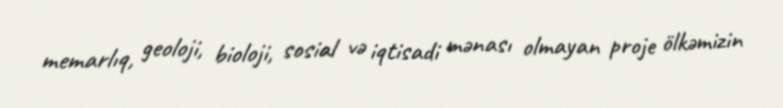
memarlıq, geoloji, bioloji, sosial və iqtisadi mənası olmayan proje ölkəmizin